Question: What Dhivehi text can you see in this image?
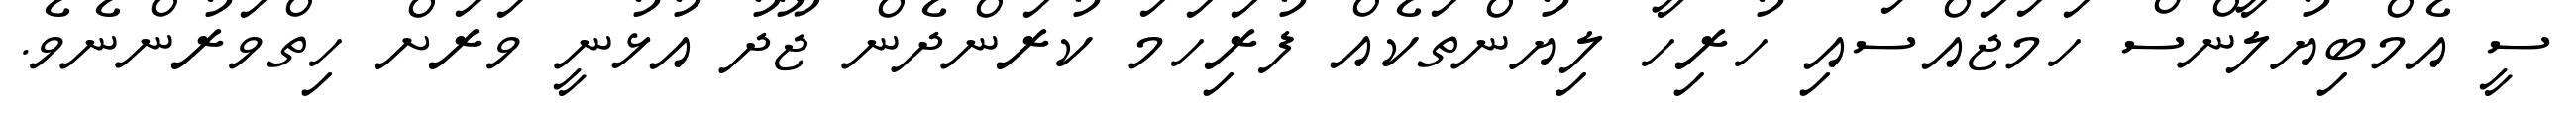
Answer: ސީ އެމްބިޔުލާންސް ހަމަޖައްސައި ހުރިހާ ލިޔުންތަކެއް ފުރިަހަމަ ކުރަންދެން ޖޫދު އުޅުނީ ވަރަށް ހިތްވަރުންނެވެ.